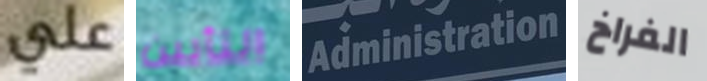
علي التأبين Administration الفراخ